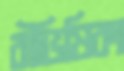
বীভিষিকা